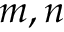
m , n